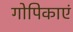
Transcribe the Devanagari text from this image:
गोपिकाएं